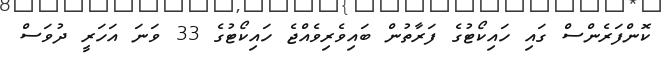
ކޮންފަރެންސް ގައި ހައިކޯޓުގެ ފަރާތުން ބައިވެރިވެއްޖެ ހައިކޯޓުގެ 33 ވަނަ އަހަރީ ދުވަސް